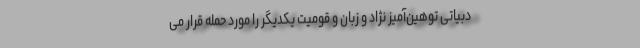
دبیاتی توهین‌آمیز نژاد و زبان و قومیت یکدیگر را مورد حمله قرار می